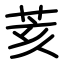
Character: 荄